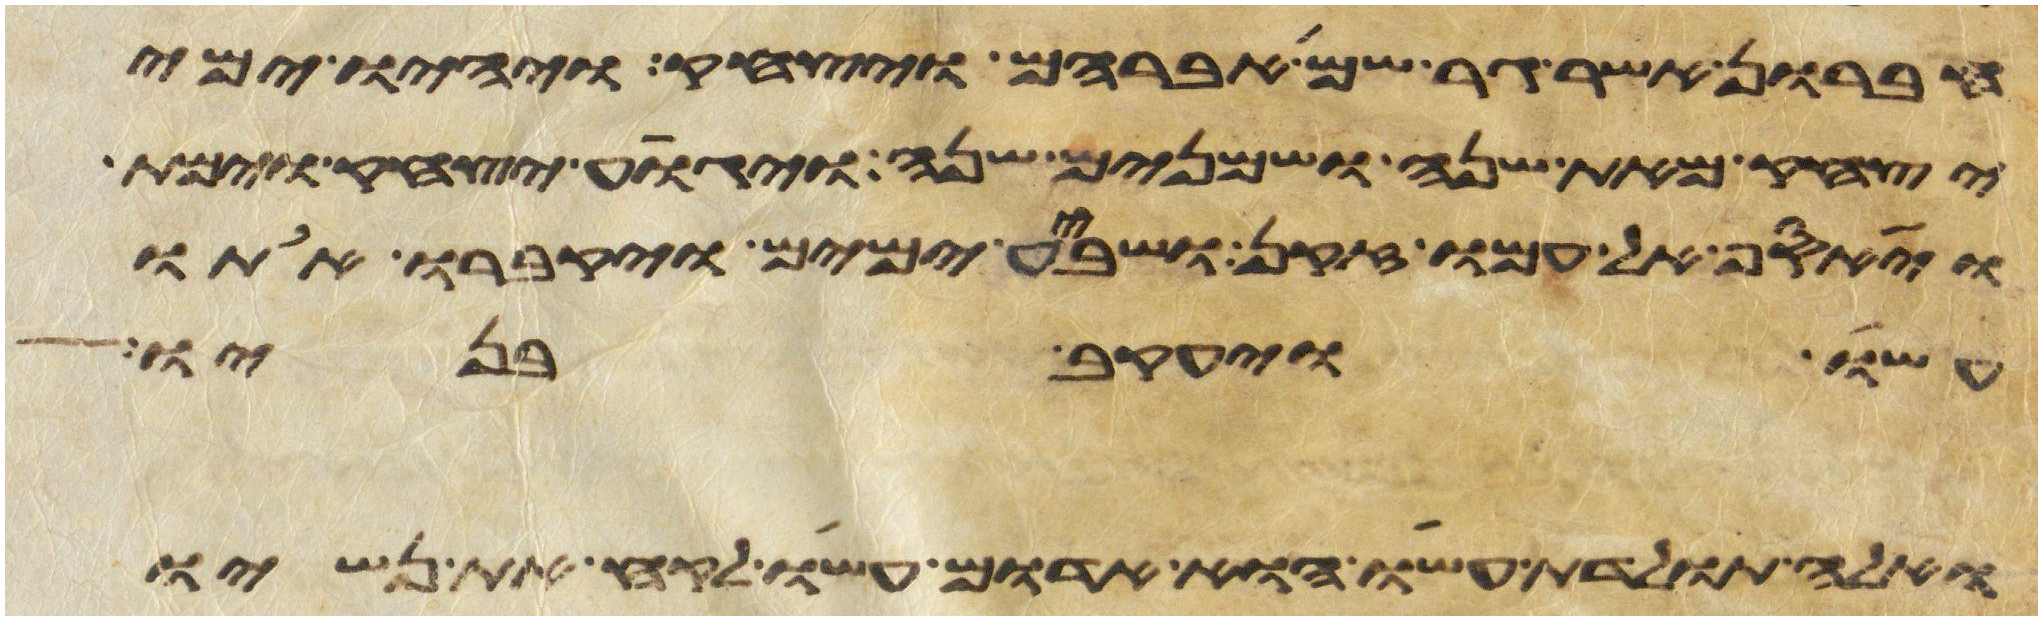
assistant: חברון אשר גר שם אברהם ויצחק ויהיו ימי
יצחק מאת שנה ושמנים שנה ויגוע יצחק וימת
ויאסף אל עמו זקן ושבע ימים ויקברו אתו
עשו ויעקב בניו
ואלה תולדת עשו הוא אדום עשו לקח את נשיו